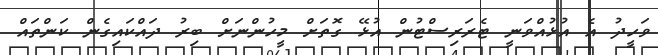
ވަހީދު އެ އުޅުއްވަނީ ޓެރަރިސްޓުން އުޅޭ ގޮތަށް މީހުންނަށް ބިރު ދައްކައިގެން ކަންތައް